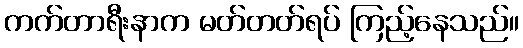
ကက်တာရီးနာက မတ်တတ်ရပ် ကြည့်နေသည်။